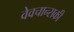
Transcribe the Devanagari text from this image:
वेवचान्सकी